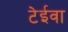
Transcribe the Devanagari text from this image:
टेईवा